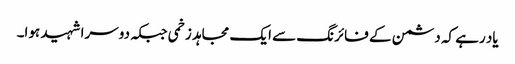
یاد رہے کہ دشمن کے فائرنگ سے ایک مجاہد زخمی جبکہ دوسرا شہید ہوا۔